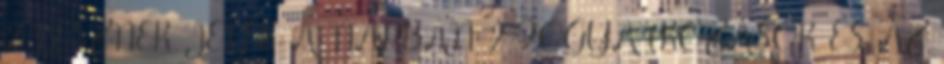
2 LESZNEK JELEK A NAPBAN 2 FOGYATKOZÁSOK ÉS AZ